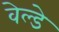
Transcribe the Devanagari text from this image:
वेल्डे